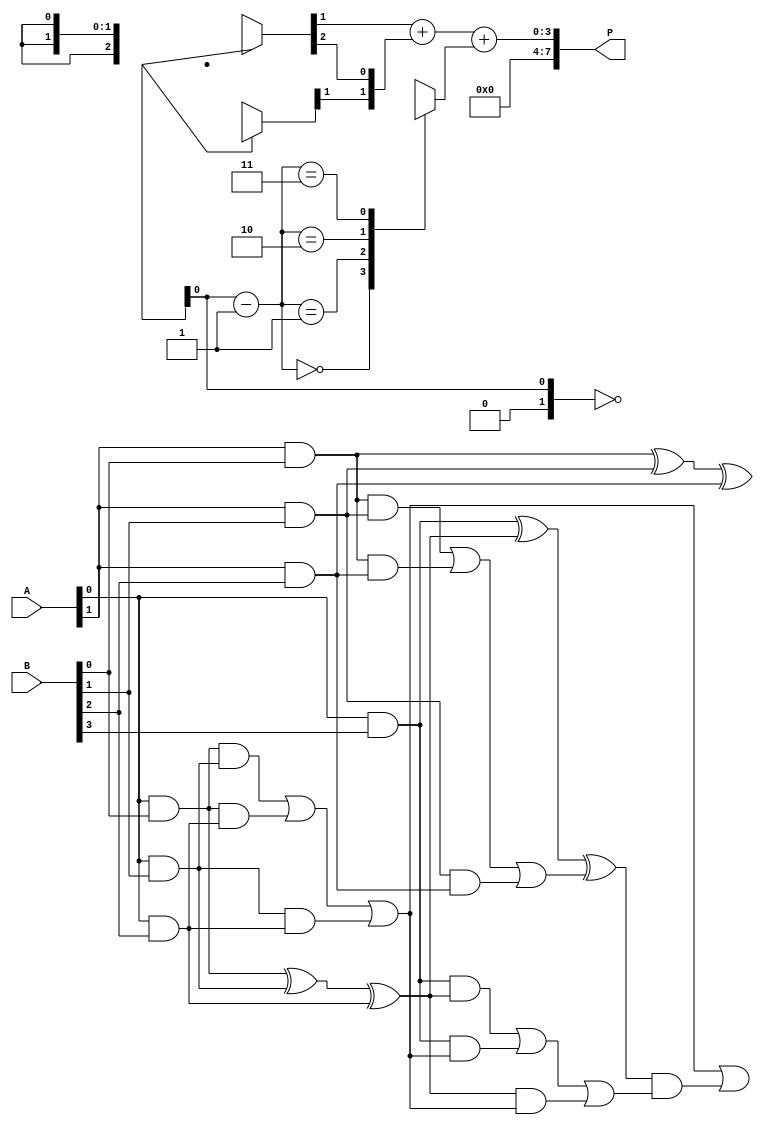
module DaddaMultiplier (
    input  [3:0] A, // 4-bit input A
    input  [3:0] B, // 4-bit input B
    output [7:0] P  // 8-bit output P (product)
);

    wire [3:0] pp [3:0]; // Partial products matrix
    wire [2:0] sum[3:0]; // Sum outputs from CSA
    wire [2:0] carry[3:0]; // Carry outputs from CSA

    // ------------------------
    // Partial Product Generation
    // ------------------------
    genvar i, j;
    generate
        for (i = 0; i < 4; i = i + 1) begin
            for (j = 0; j < 4; j = j + 1) begin
                assign pp[i][j] = A[j] & B[i]; // AND operation
            end
        end
    endgenerate

    // ------------------------
    // Carry-Save Adder Stage 1
    // ------------------------
    assign sum[0][0] = pp[0][0] ^ pp[1][0] ^ pp[2][0];
    assign carry[0][0] = (pp[0][0] & pp[1][0]) | (pp[0][0] & pp[2][0]) | (pp[1][0] & pp[2][0]);
    assign sum[0][1] = pp[3][0] ^ sum[0][0];
    assign carry[0][1] = (pp[3][0] & sum[0][0]) | (pp[3][0] & carry[0][0]) | (sum[0][0] & carry[0][0]);
    assign sum[0][2] = pp[0][1] ^ pp[1][1] ^ pp[2][1];
    assign carry[0][2] = (pp[0][1] & pp[1][1]) | (pp[0][1] & pp[2][1]) | (pp[1][1] & pp[2][1]);
    assign sum[0][1] = sum[0][1] ^ carry[0][2]; // propagate carry
    assign carry[0][0] = carry[0][0] | (sum[0][1] & carry[0][1]); // propagate carry

    // Repeat for all other stages similarly (Stage 2, Stage 3, etc.)
    // For detailed implementation, loop through the addition stages 

    // ------------------------
    // Final Addition
    // ------------------------
    wire [7:0] final_sum;
    wire carry_out;

    // Using a simple adder for the final step, using a simple ripple carry adder
    assign final_sum = {1'b0, sum[final_row][1]} + {carry[final_row][1], sum[final_row][2]} + {1'b0, sum[final_row-1][0]};

    // The output product P is the final sum output
    assign P = final_sum;

endmodule